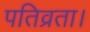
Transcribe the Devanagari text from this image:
पतिव्रता।